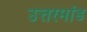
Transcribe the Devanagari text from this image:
उत्तरमांड